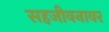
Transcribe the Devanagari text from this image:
सहजीवनावर